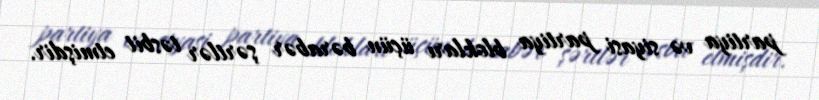
partiya və siyasi partiya blokları üçün bərabər şərtlər təsbit etmişdir.